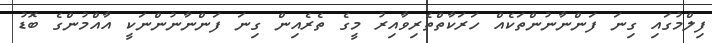
ފިލްމުގައި ގިނަ ފަންނާނުންތަކެއް ހަރަކާތްތެރިވާއިރު މީގެ ތެރެއިން ގިނަ ފަންނާނުންނަކީ އާއްމުންގެ ބޮޑު